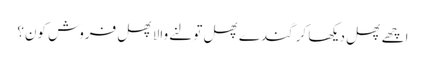
اچھے پھل دیکھا کر گندے پھل تولنے والا پھل فروش کون؟